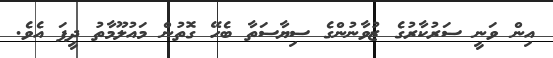
އިން ވަނީ ސަރުކާރުގެ ޒުވާނުންގެ ސިޔާސަތާ ބެހޭ ގޮތުން މައުލޫމާތު ދީފަ އެވެ.